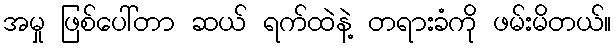
အမှု ဖြစ်ပေါ်တာ ဆယ် ရက်ထဲနဲ့ တရားခံကို ဖမ်းမိတယ်။